Note on the mental hospitals in Burma - 1925-1940
Year: 1925
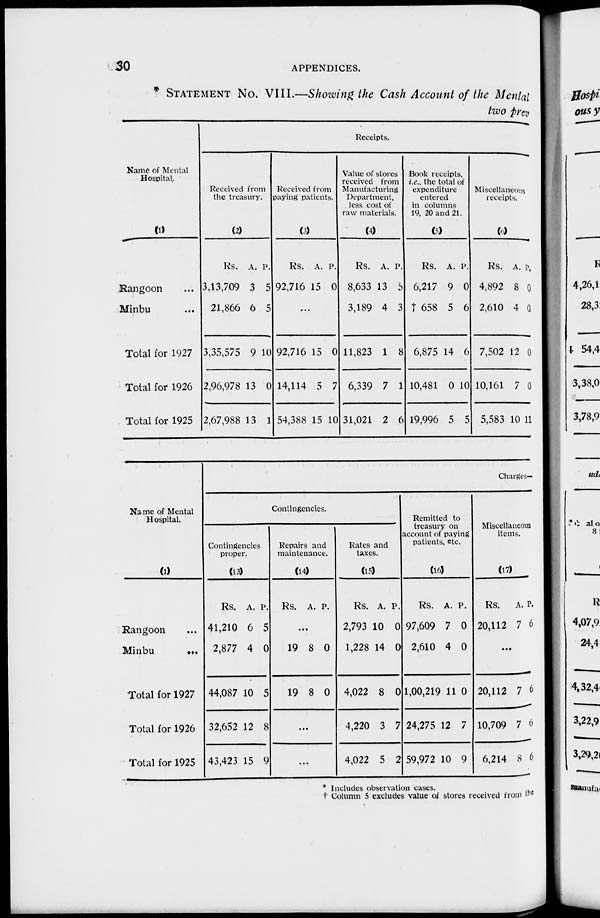
30
APPENDICES.
* STATEMENT NO. VIII—Showing the Cash Account of the Mental
two prev
Name of Mental
Hospital.
(1)
Rangoon ...
Minbu ...
Total for 1927
Total for 1926
Total for 1925
Receipts.
Received from
the treasury.
(2)
Rs.
3,13,709
21,866
3,35,575
2,96,978
2,67,988
A.
3
6
9
13
13
P.
5
5
10
0
1
Received from
paying patients.
(3)
Rs.
92,716
A.
15
P.
0
...
92,716
14,114
54,388
15
5
15
0
7
10
Value of stores
received from
Manufacturing
Department,
less cost of
raw materials.
(4)
Rs.
8,633
3,189
11,823
6,339
31,021
A.
13
4
1
7
2
P.
5
3
8
1
6
Book receipts,
i.e., the total of
expenditure
entered
in columns
19, 20 and 21.
(5)
Rs.
6,217
† 658
6,875
10,481
19,996
A.
9
5
14
0
5
P.
0
6
6
10
5
Miscellaneous
receipts.
(6)
Rs.
4,892
2,610
7,502
10,161
5,583
A.
8
4
12
7
10
P.
0
0
0
0
11
Charges-
Name of Mental
Hospital.
(1)
Rangoon ...
Minbu
...
Total for 1927
Total for 1926
Total for 1925
Contingencies.
Contingencies
proper.
(13)
Rs.
41,210
2,877
44,087
32,652
43,423
A.
6
4
10
12
15
P.
5
0
5
8
9
Repairs and
maintenance.
(14)
Rs. A. P.
...
19
19
8
8
0
0
...
...
Rates and
taxes.
(15)
Rs.
2,793
1,228
4,022
4,220
4,022
A.
10
14
8
3
5
P.
0
0
0
7
2
Remitted to
treasury on
account of paying
patients, etc.
(16)
Rs.
97,609
2,610
1,00,219
24,275
59,972
A.
7
4
11
12
10
P.
0
0
0
7
9
Miscellaneous
items.
(17)
Rs.
20,112
A.
7
P.
6
...
20,112
10,709
6,214
7
7
8
6
6
6
* Includes observation cases.
† Column 5 excludes value of stores received from the